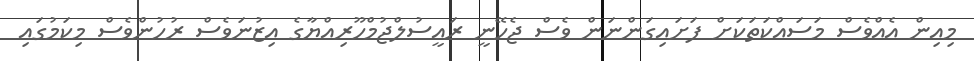
މިއިން އެއްވެސް މަސައްކަތަކަށް ފަށައިގަންނަން ވެސް ޖެހޭނީ ރައީސުލްޖުމްހޫރިއްޔާގެ އިޒުނަވެސް ރުހުންވެސް މިކަމުގައި